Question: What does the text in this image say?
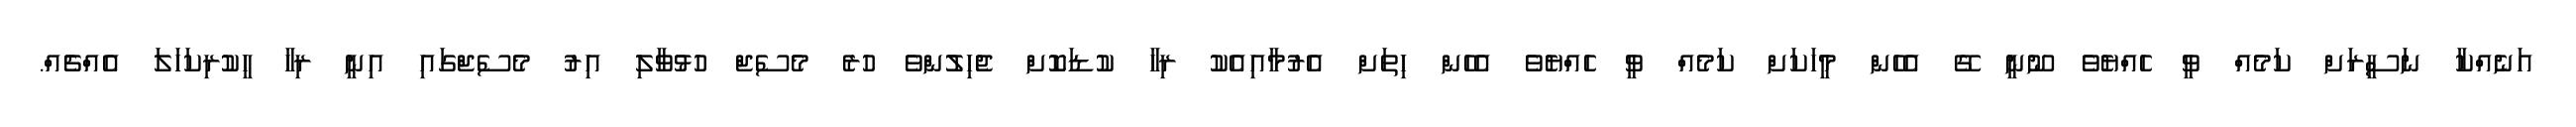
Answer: އަނެއްކާ ނަސީރަށް ކަމެއް ވީ ހެއްޔެވެ ނޫނީ ގޭ އެހެން މީހަކަށް ކަމެއް ވީ ހެއްޔެވެ އެހެން ހިތަށް އެރުމާއިއެކު ރިހާ ކުޑަކޮށް ޖެހިލުންވެ ހުރެ މެސެޖް ހުޅުވާލި އިރު މެސެޖްގައި އިނީ ރިހާ ހީކުރިކަހަލަ އެއްޗެއް.